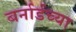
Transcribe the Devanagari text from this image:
बर्नार्डच्या